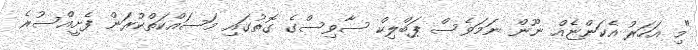
"މި އަހަރު އެކަންޏެއް ނޫން ނަމަވެސް ޕަބްލިކް ސާވިސްގެ ގޮތުގައި މަސައްކަތްކުރަން ފެށީއްސުރެ